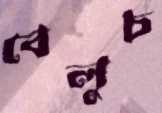
বেলুচ